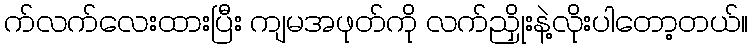
က်လက်လေးထားပြီး ကျမအဖုတ်ကို လက်ညှိုးနဲ့လိုးပါတော့တယ်။